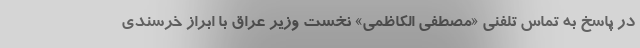
در پاسخ به تماس تلفنی «مصطفی الکاظمی» نخست وزیر عراق با ابراز خرسندی